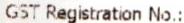
GST REGISTRATION NO.: